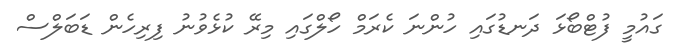
ގައުމީ ފުޓްބޯޅަ ދަނޑުގައި ހުންނަ ކެރަމް ހޯލްގައި މިރޭ ކުޅެވުނު ފިރިހެން ޑަބަލްސް